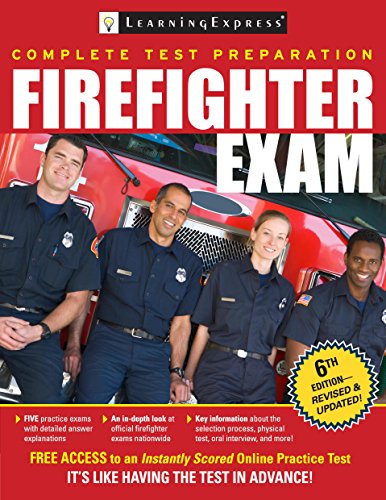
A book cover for Firefighter Exam; LearningExpress; Test Preparation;